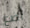
أضع